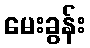
မေးခွန်း